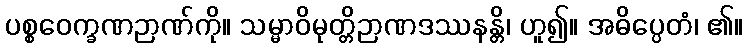
ပစ္စဝေက္ခဏဉာဏ်ကို။ သမ္မာဝိမုတ္တိဉာဏဒဿနန္တိ၊ ဟူ၍။ အဓိပ္ပေတံ၊ ၏။